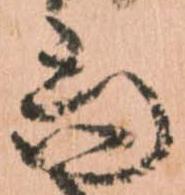
尚